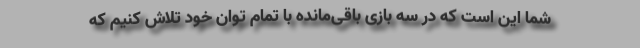
شما این است که در سه بازی باقی‌مانده با تمام توان خود تلاش کنیم که